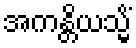
အကန္တိယသ္မိံ